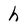
Character: h